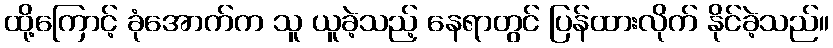
ထို့ကြောင့် ခုံအောက်က သူ ယူခဲ့သည့် နေရာတွင် ပြန်ထားလိုက် နိုင်ခဲ့သည်။